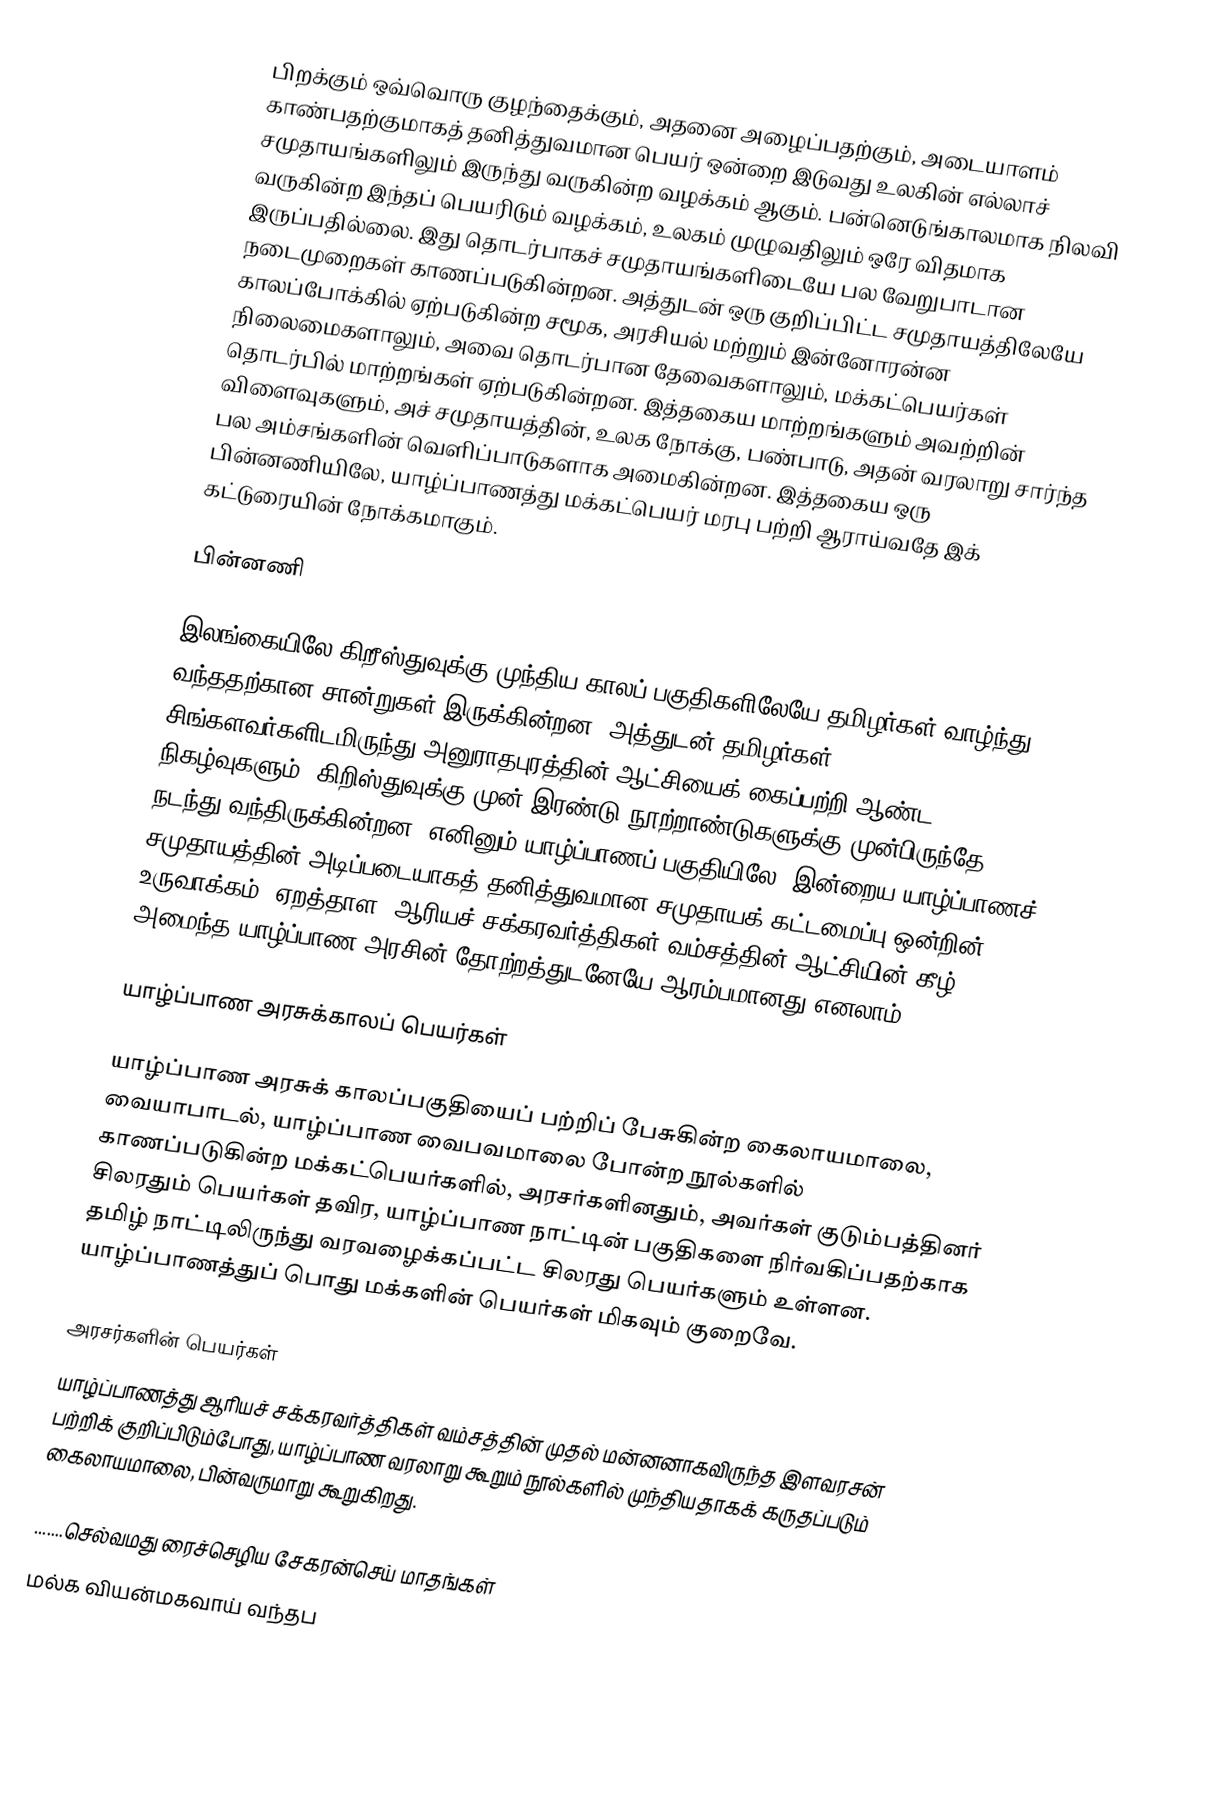
பிறக்கும் ஒவ்வொரு குழந்தைக்கும், அதனை அழைப்பதற்கும், அடையாளம் காண்பதற்குமாகத் தனித்துவமான பெயர் ஒன்றை இடுவது உலகின் எல்லாச் சமுதாயங்களிலும் இருந்து வருகின்ற வழக்கம் ஆகும். பன்னெடுங்காலமாக நிலவி வருகின்ற இந்தப் பெயரிடும் வழக்கம், உலகம் முழுவதிலும் ஒரே விதமாக இருப்பதில்லை. இது தொடர்பாகச் சமுதாயங்களிடையே பல வேறுபாடான நடைமுறைகள் காணப்படுகின்றன. அத்துடன் ஒரு குறிப்பிட்ட சமுதாயத்திலேயே காலப்போக்கில் ஏற்படுகின்ற சமூக, அரசியல் மற்றும் இன்னோரன்ன நிலைமைகளாலும், அவை தொடர்பான தேவைகளாலும், மக்கட்பெயர்கள் தொடர்பில் மாற்றங்கள் ஏற்படுகின்றன. இத்தகைய மாற்றங்களும் அவற்றின் விளைவுகளும், அச் சமுதாயத்தின், உலக நோக்கு, பண்பாடு, அதன் வரலாறு சார்ந்த பல அம்சங்களின் வெளிப்பாடுகளாக அமைகின்றன. இத்தகைய ஒரு பின்னணியிலே, யாழ்ப்பாணத்து மக்கட்பெயர் மரபு பற்றி ஆராய்வதே இக் கட்டுரையின் நோக்கமாகும்.

பின்னணி

இலங்கையிலே கிறீஸ்துவுக்கு முந்திய காலப் பகுதிகளிலேயே தமிழர்கள் வாழ்ந்து வந்ததற்கான சான்றுகள் இருக்கின்றன. அத்துடன் தமிழர்கள், சிங்களவர்களிடமிருந்து அனுராதபுரத்தின் ஆட்சியைக் கைப்பற்றி ஆண்ட நிகழ்வுகளும், கிறிஸ்துவுக்கு முன் இரண்டு நூற்றாண்டுகளுக்கு முன்பிருந்தே நடந்து வந்திருக்கின்றன. எனினும் யாழ்ப்பாணப் பகுதியிலே, இன்றைய யாழ்ப்பாணச் சமுதாயத்தின் அடிப்படையாகத் தனித்துவமான சமுதாயக் கட்டமைப்பு ஒன்றின் உருவாக்கம், ஏறத்தாள, ஆரியச் சக்கரவர்த்திகள் வம்சத்தின் ஆட்சியின் கீழ் அமைந்த யாழ்ப்பாண அரசின் தோற்றத்துடனேயே  ஆரம்பமானது எனலாம்.

யாழ்ப்பாண அரசுக்காலப் பெயர்கள்

யாழ்ப்பாண அரசுக் காலப்பகுதியைப் பற்றிப் பேசுகின்ற கைலாயமாலை, வையாபாடல், யாழ்ப்பாண வைபவமாலை போன்ற நூல்களில் காணப்படுகின்ற மக்கட்பெயர்களில், அரசர்களினதும், அவர்கள் குடும்பத்தினர் சிலரதும் பெயர்கள் தவிர, யாழ்ப்பாண நாட்டின் பகுதிகளை நிர்வகிப்பதற்காக தமிழ் நாட்டிலிருந்து வரவழைக்கப்பட்ட சிலரது பெயர்களும் உள்ளன. யாழ்ப்பாணத்துப் பொது மக்களின் பெயர்கள் மிகவும் குறைவே.

அரசர்களின் பெயர்கள்
யாழ்ப்பாணத்து ஆரியச் சக்கரவர்த்திகள் வம்சத்தின் முதல் மன்னனாகவிருந்த இளவரசன் பற்றிக் குறிப்பிடும்போது, யாழ்ப்பாண வரலாறு கூறும் நூல்களில் முந்தியதாகக் கருதப்படும் கைலாயமாலை, பின்வருமாறு கூறுகிறது.

 .......செல்வமது ரைச்செழிய சேகரன்செய் மாதங்கள்
 மல்க வியன்மகவாய் வந்தப